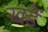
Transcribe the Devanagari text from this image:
खडें